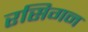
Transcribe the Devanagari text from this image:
रसिगन